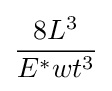
{\frac {8L^{3}}{E^{*}wt^{3}}}